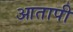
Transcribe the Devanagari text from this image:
आतापी